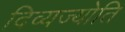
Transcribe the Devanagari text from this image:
दिव्यज्योति